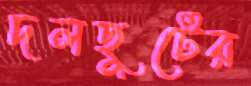
দলছুটের